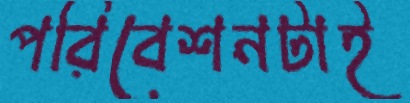
পরিবেশনটাই